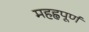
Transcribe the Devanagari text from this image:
महह्वपूर्ण